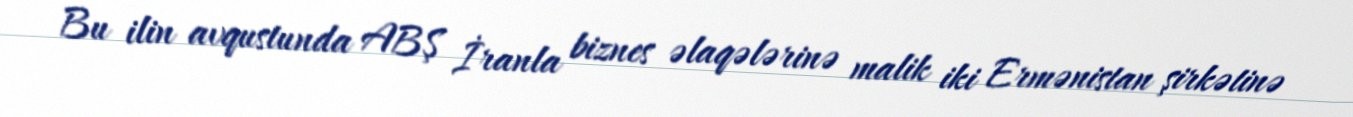
Bu ilin avqustunda ABŞ İranla biznes əlaqələrinə malik iki Ermənistan şirkətinə